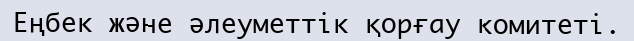
Еңбек және әлеуметтік қорғау комитеті.